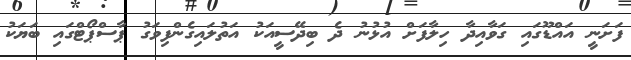
ފަށަނީ އައްޑޫގައި ގަވާއިދާ ހިލާފަށް އުޅުނު ދެ ބިދޭސީއަކު އަތުލައިގެންފިވަގު ޕާސްޕޯޓްގައި ބަޔަކު